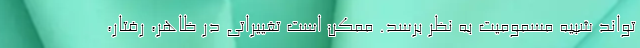
تواند شبیه مسمومیت به نظر برسد. ممکن است تغییراتی در ظاهر، رفتار،